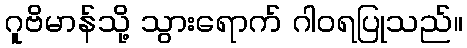
ဂူဗိမာန်သို့ သွားရောက် ဂါဝရပြုသည်။